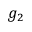
g _ { 2 }